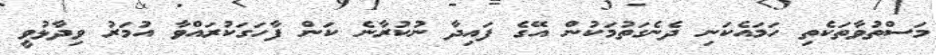
މަސްތުވާތަކެތި ހަމައެކަނި ދެނެގަތުމަކުން އޭގެ ފައިދާ ނުކުރާނެ ކަން ފާހަގަކުރައްވާ އުމަރު ވިދާޅުވީ